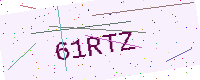
Text: 61RTZ